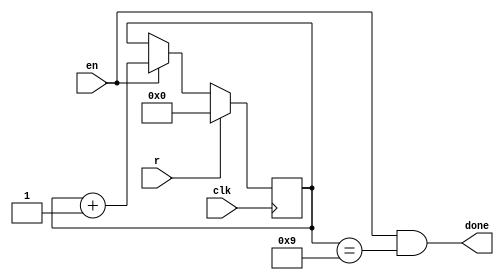
module timer(clk,r,en,done);
  parameter n=10;      // time 
  parameter counter_bits=4;
  input clk,r,en;
  output done;
  reg[counter_bits-1:0] q=0;
    assign done=en&&(q==(n-1)); // the end of time
	always @(posedge clk)
	  begin 
	    if(r) q=0;    			// Synchronous zero
		else if(en)  q=q+1;     // counting when en=1
		else q=q;  	  		    // state maintence when en=0
	  end
endmodule